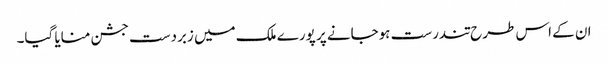
ان کے اس طرح تندرست ہوجانے پر پورے ملک میں زبردست جشن منایا گیا۔